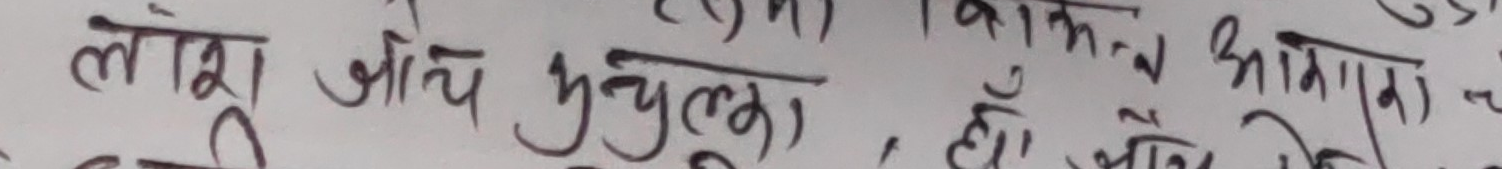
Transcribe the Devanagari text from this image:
लाश आँच गुचुल्म, हो त्यो आगि